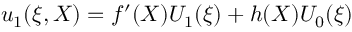
u _ { 1 } ( \xi , X ) = f ^ { \prime } ( X ) U _ { 1 } ( \xi ) + h ( X ) U _ { 0 } ( \xi )